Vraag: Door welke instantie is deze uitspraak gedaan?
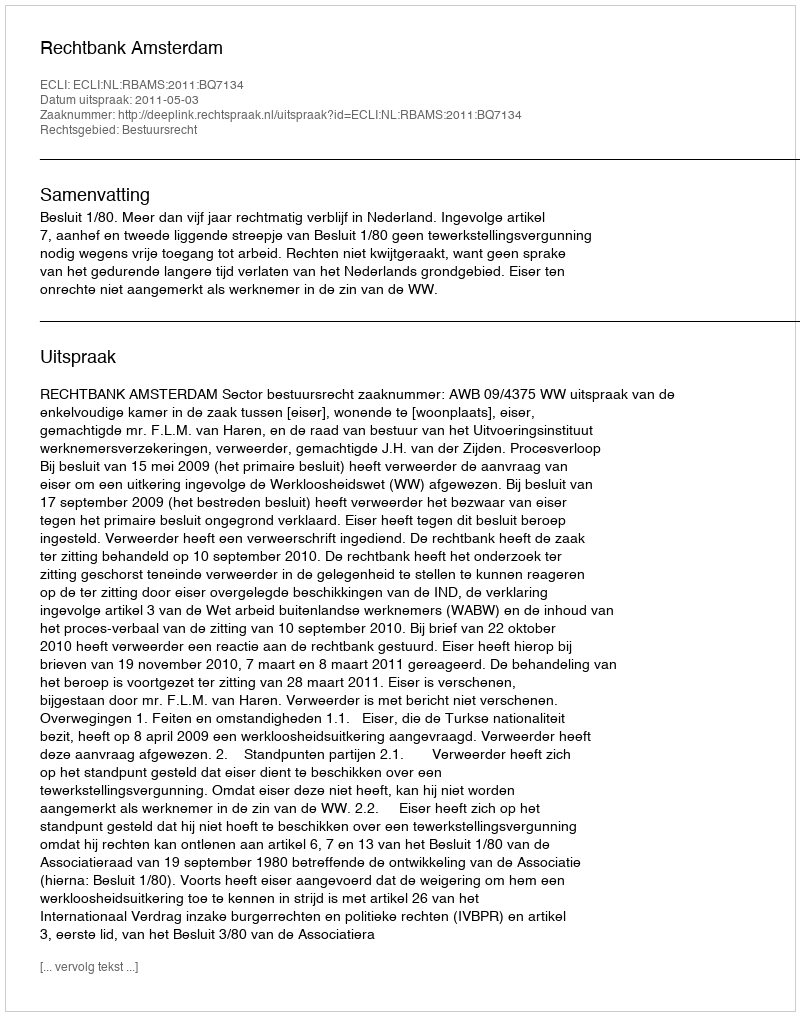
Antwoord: Rechtbank Amsterdam